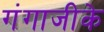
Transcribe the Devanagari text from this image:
गंगाजीके